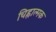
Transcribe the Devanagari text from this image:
चिह्नात्मक